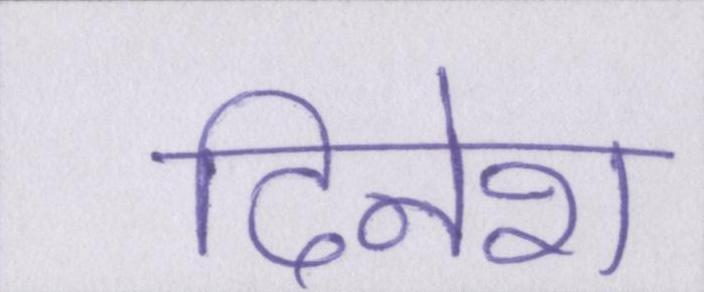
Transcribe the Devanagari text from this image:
दिनेश